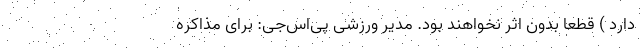
دارد ) قطعا بدون اثر نخواهند بود. مدیر ورزشی پی‌اس‌جی: برای مذاکره